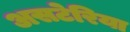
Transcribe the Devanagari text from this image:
असटेरिया